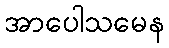
အာပေါသမေန